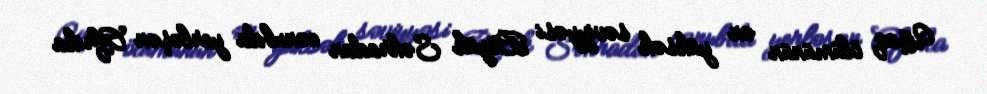
Uşaq ölümünün ən yüksək səviyyəsi Böyük Səhradan cənubda yerləşən Afrika